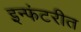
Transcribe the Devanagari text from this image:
इन्फंटरीत